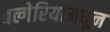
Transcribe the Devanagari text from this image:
बल्गेरियामधून